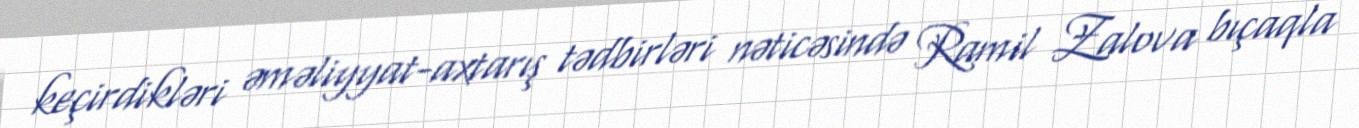
keçirdikləri əməliyyat-axtarış tədbirləri nəticəsində Ramil Zalova bıçaqla